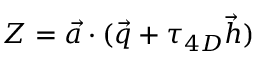
{ \cal Z } = \vec { a } \cdot ( \vec { q } + \tau _ { 4 D } \vec { h } )